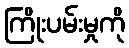
ကြိုးပမ်းမှုကို